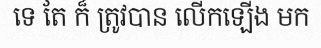
ទេ តែ ក៏ ត្រូវបាន លើកឡើង មក